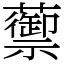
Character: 蘌